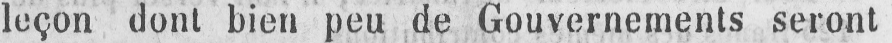
leçon dont bien peu de Gouvernements seront